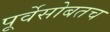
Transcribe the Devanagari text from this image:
पूर्वेसोबतच